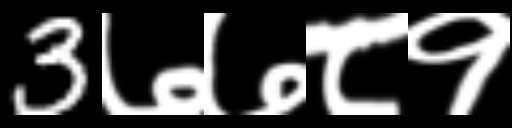
Text: 3७७८१